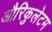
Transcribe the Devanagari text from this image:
औरिकुलेटम